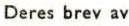
Deres brev av